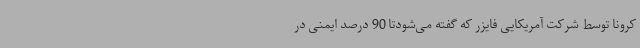
کرونا توسط شرکت آمریکایی فایزر که‌ گفته می‌شودتا 90 درصد ایمنی در